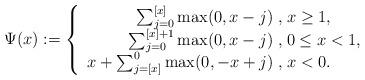
LaTeX: \begin{align*}\Psi(x):=\left\{ \begin{array}{r@{\;,\;}l}\sum_{j=0}^{[x]}\max(0,x-j) &x\geq 1,\\\sum_{j=0}^{[x]+1}\max(0,x-j) & 0\leq x<1,\\x+\sum_{j=[x]}^{0}\max(0,-x+j) & x<0.\\ \end{array} \right.\end{align*}